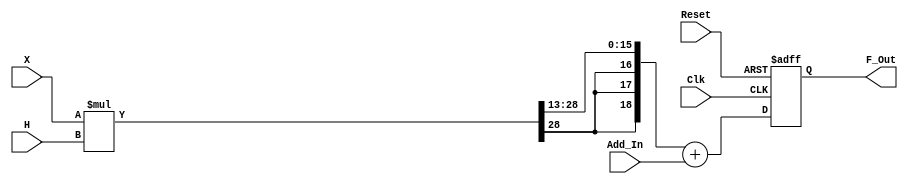
module Unit_transpose(
	input Clk, Reset, 
	input signed [15-1:0] X, 
	input signed [16-1:0] H, 
	input signed [19-1:0] Add_In, 
	output reg signed [19-1:0] F_Out
);

	always @(posedge Clk or posedge Reset) begin
		if (Reset)
			F_Out <= 0;
		else
			F_Out <= Add_Out;
	end
	
	reg signed [31-1:0] Mul_tmp;
	reg signed [16-1:0] Mul_Out;
	always @(*) begin
		Mul_tmp = X * H;
		Mul_Out = Mul_tmp[28:13];
	end
	
	reg signed [20-1:0] Add_tmp;
	reg signed [19-1:0] Add_Out;
	
	always @(*) begin
		Add_tmp = {{3{Mul_Out[15]}}, Mul_Out} + Add_In;
		Add_Out = Add_tmp[18:0];
	end
	
endmodule